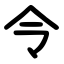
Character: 令